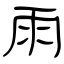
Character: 雨